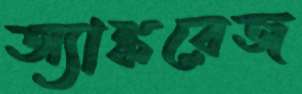
অ্যাঙ্করেজ